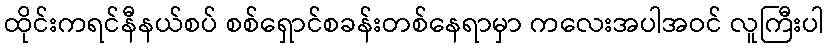
ထိုင်းကရင်နီနယ်စပ် စစ်ရှောင်စခန်းတစ်နေရာမှာ ကလေးအပါအဝင် လူကြီးပါ